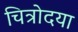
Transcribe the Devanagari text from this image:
चित्रोदया